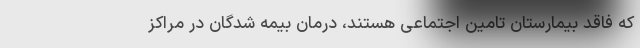
که فاقد بیمارستان تامین اجتماعی هستند، درمان بیمه شدگان در مراکز